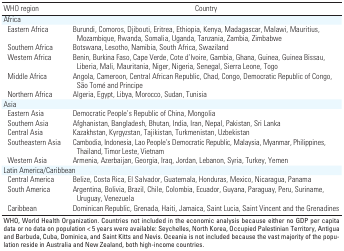
<table><thead><tr><td><b>WHO region</b></td><td><b>Country</b></td></tr></thead><tbody><tr><td><b>Africa</b></td></tr><tr><td><b>Eastern Africa</b></td><td>Burundi, Comoros, Djibouti, Eritrea, Ethiopia, Kenya, Madagascar, Malawi, Mauritius, Mozambique, Rwanda, Somalia, Uganda, Tanzania, Zambia, Zimbabwe</td></tr><tr><td><b>Southern Africa</b></td><td>Botswana, Lesotho, Namibia, South Africa, Swaziland</td></tr><tr><td><b>Western Africa</b></td><td>Benin, Burkina Faso, Cape Verde, Cote d’Ivoire, Gambia, Ghana, Guinea, Guinea Bissau, Liberia, Mali, Mauritania, Niger, Nigeria, Senegal, Sierra Leone, Togo</td></tr><tr><td><b>Middle Africa</b></td><td>Angola, Cameroon, Central African Republic, Chad, Congo, Democratic Republic of Congo, São Tomé and Principe</td></tr><tr><td><b>Northern Africa</b></td><td>Algeria, Egypt, Libya, Morocco, Sudan, Tunisia</td></tr><tr><td><b>Asia</b></td></tr><tr><td><b>Eastern Asia</b></td><td>Democratic People’s Republic of China, Mongolia</td></tr><tr><td><b>Southern Asia</b></td><td>Afghanistan, Bangladesh, Bhutan, India, Iran, Nepal, Pakistan, Sri Lanka</td></tr><tr><td><b>Central Asia</b></td><td>Kazakhstan, Kyrgyzstan, Tajikistan, Turkmenistan, Uzbekistan</td></tr><tr><td><b>Southeastern Asia</b></td><td>Cambodia, Indonesia, Lao People’s Democratic Republic, Malaysia, Myanmar, Philippines, Thailand, Timor Leste, Vietnam</td></tr><tr><td><b>Western Asia</b></td><td>Armenia, Azerbaijan, Georgia, Iraq, Jordan, Lebanon, Syria, Turkey, Yemen</td></tr><tr><td><b>Latin America/Caribbean</b></td></tr><tr><td><b>Central America</b></td><td>Belize, Costa Rica, El Salvador, Guatemala, Honduras, Mexico, Nicaragua, Panama</td></tr><tr><td><b>South America</b></td><td>Argentina, Bolivia, Brazil, Chile, Colombia, Ecuador, Guyana, Paraguay, Peru, Suriname, Uruguay, Venezuela</td></tr><tr><td><b>Caribbean</b></td><td>Dominican Republic, Grenada, Haiti, Jamaica, Saint Lucia, Saint Vincent and the Grenadines</td></tr><tr><td colspan="2">WHO, World Health Organization. Countries not included in the economic analysis because either no GDP per capita data or no data on population &lt;5 years were available: Seychelles, North Korea, Occupied Palestinian Territory, Antigua and Barbuda, Cuba, Dominica, and Saint Kitts and Nevis. Oceania is not included because the vast majority of the population reside in Australia and New Zealand, both high-income countries.</td></tr></tbody></table>